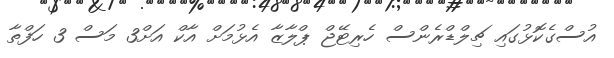
އުސްގެކޮޅުގައި ޗިލްޑްރެންސް ހެރިޓޭޖް ޕްލާޒާ އެޅުމަށް އާކް އަށް3 މަސް 3 ހަފްތާ